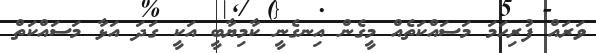
ވަރައް ފުރިހަމަ މަސައްކަތެއް މީގެން އިނގެނީ ކާމިޔާބީ އަކީ ގަދަ އަޅާ މަސައްކަތް